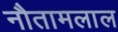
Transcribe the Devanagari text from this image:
नौतामलाल